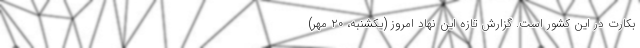
بکارت در این کشور است. گزارش تازه این نهاد امروز (یکشنبه، ۲۰ مهر)